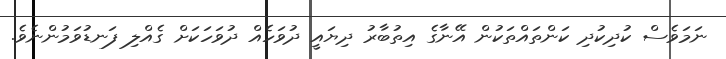
ނަމަވެސް ކުދިކުދި ކަންތައްތަކުން އޭނާގެ އިތުބާރު ދިޔައީ ދުވަހެއް ދުވަހަކަށް ގެއްލި ފަނޑުވަމުންނެވެ.